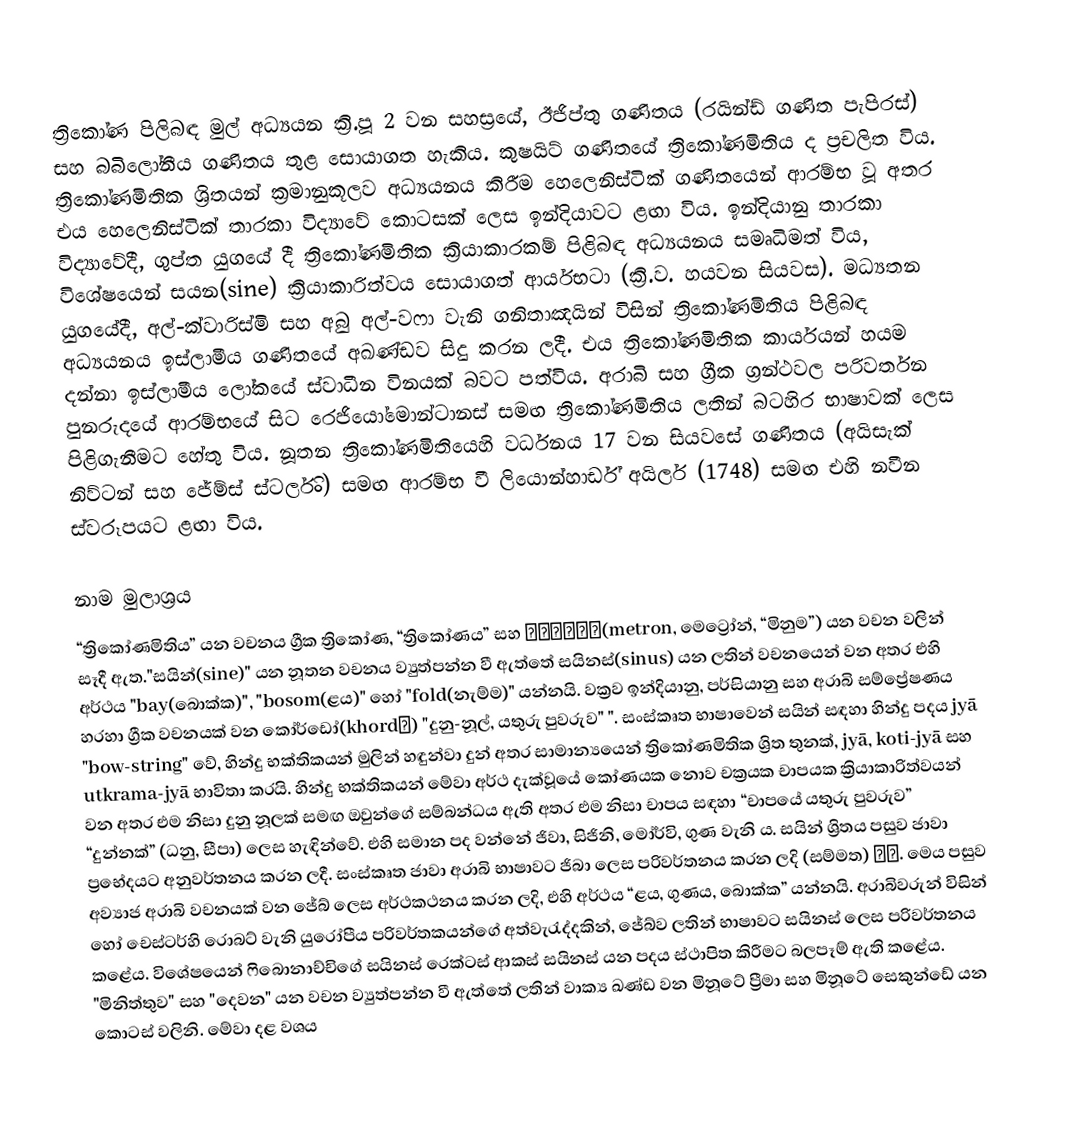
ත්‍රිකෝණ පිලිබඳ මුල් අධ්‍යයන ක්‍රි.පූ 2 වන සහස්‍රයේ, ඊජිප්තු ගණිතය (රයින්ඩ් ගණිත පැපිරස්) සහ බබිලෝනීය ගණිතය තුළ සොයාගත හැකිය. කුෂයිට් ගණිතයේ ත්‍රිකෝණමිතිය ද ප්‍රචලිත විය. ත්‍රිකෝණමිතික ශ්‍රිතයන් ක්‍රමානුකූලව අධ්‍යයනය කිරීම හෙලෙනිස්ටික් ගණිතයෙන් ආරම්භ වූ අතර එය හෙලෙනිස්ටික් තාරකා විද්‍යාවේ කොටසක් ලෙස ඉන්දියාවට ළඟා විය. ඉන්දියානු තාරකා විද්‍යාවේදී, ගුප්ත යුගයේ දී ත්‍රිකෝණමිතික ක්‍රියාකාරකම් පිළිබඳ අධ්‍යයනය සමෘධිමත් විය, විශේෂයෙන් සයන(sine) ක්‍රියාකාරිත්වය සොයාගත් ආර්යභටා (ක්‍රි.ව. හයවන සියවස). මධ්‍යතන යුගයේදී, අල්-ක්වාරිස්මි සහ අබු අල්-වෆා වැනි ගනිතාඤයින් විසින් ත්‍රිකෝණමිතිය පිළිබඳ අධ්‍යයනය ඉස්ලාමීය ගණිතයේ අඛණ්ඩව සිදු කරන ලදී. එය ත්‍රිකෝණමිතික කාර්යයන් හයම දන්නා ඉස්ලාමීය ලෝකයේ ස්වාධීන විනයක් බවට පත්විය. අරාබි සහ ග්‍රීක ග්‍රන්ථවල පරිවර්තන පුනරුදයේ ආරම්භයේ සිට රෙජියෝමොන්ටානස් සමඟ ත්‍රිකෝණමිතිය ලතින් බටහිර භාෂාවක් ලෙස පිළිගැනීමට හේතු විය. නූතන ත්‍රිකෝණමිතියෙහි වර්ධනය 17 වන සියවසේ ගණිතය (අයිසැක් නිව්ටන් සහ ජේම්ස් ස්ටර්ලිං) සමඟ ආරම්භ වී ලියොන්හාර්ඩ් අයිලර් (1748) සමඟ එහි නවීන ස්වරූපයට ළඟා විය.

නාම මුලාශ්‍රය
“ත්‍රිකෝණමිතිය” යන වචනය ග්‍රීක ත්‍රිකෝණ, “ත්‍රිකෝණය” සහ μέτρον(metron, මෙට්‍රෝන්, “මිනුම”) යන වචන වලින් සෑදී ඇත."සයින්(sine)" යන නූතන වචනය ව්‍යුත්පන්න වී ඇත්තේ සයිනස්(sinus) යන ලතින් වචනයෙන් වන අතර එහි අර්ථය "bay(බොක්ක)", "bosom(ළය)" හෝ "fold(නැම්ම)" යන්නයි. වක්‍රව ඉන්දියානු, පර්සියානු සහ අරාබි සම්ප්‍රේෂණය හරහා ග්‍රීක වචනයක් වන කෝර්ඩෝ(khordḗ) "දුනු-නූල්, යතුරු පුවරුව" ". සංස්කෘත භාෂාවෙන් සයින් සඳහා හින්දු පදය jyā "bow-string" වේ, හින්දු භක්තිකයන් මුලින් හඳුන්වා දුන් අතර සාමාන්‍යයෙන් ත්‍රිකෝණමිතික ශ්‍රිත තුනක්, jyā, koti-jyā සහ utkrama-jyā භාවිතා කරයි. හින්දු භක්තිකයන් මේවා අර්ථ දැක්වූයේ කෝණයක නොව චක්‍රයක චාපයක ක්‍රියාකාරිත්වයන් වන අතර එම නිසා දුනු නූලක් සමඟ ඔවුන්ගේ සම්බන්ධය ඇති අතර එම නිසා චාපය සඳහා “චාපයේ යතුරු පුවරුව” “දුන්නක්” (ධනු, සීපා) ලෙස හැඳින්වේ. එහි සමාන පද වන්නේ ජිවා, සිජිනි, මෝර්වි, ගුණ වැනි ය. සයින් ශ්‍රිතය පසුව ජාවා ප්‍රභේදයට අනුවර්තනය කරන ලදී. සංස්කෘත ජාවා අරාබි භාෂාවට ජිබා ලෙස පරිවර්තනය කරන ලදි (සම්මත) جب.  මෙය පසුව අව්‍යාජ අරාබි වචනයක් වන ජේබ් ලෙස අර්ථකථනය කරන ලදි, එහි අර්ථය “ළය, ගුණය, බොක්ක” යන්නයි.  අරාබිවරුන් විසින් හෝ චෙස්ටර්හි රොබට් වැනි යුරෝපීය පරිවර්තකයන්ගේ අත්වැරැද්දකින්, ජේබ්ව ලතින් භාෂාවට සයිනස් ලෙස පරිවර්තනය කළේය. විශේෂයෙන් ෆිබොනාච්චිගේ සයිනස් රෙක්ටස් ආකස් සයිනස් යන පදය ස්ථාපිත කිරීමට බලපෑම් ඇති කළේය. "මිනිත්තුව" සහ "දෙවන" යන වචන ව්‍යුත්පන්න වී ඇත්තේ ලතින් වාක්‍ය ඛණ්ඩ වන මිනූටේ ප්‍රීමා සහ මිනූටේ සෙකුන්ඩේ යන කොටස් වලිනි. මේවා දළ වශය